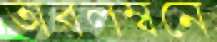
অবলম্বনে